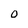
Character: 0